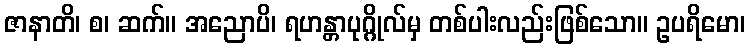
ဇာနာတိ၊ စ၊ ဆက်။ အညောပိ၊ ရဟန္တာပုဂ္ဂိုလ်မှ တစ်ပါးလည်းဖြစ်သော။ ဥပရိမော၊